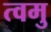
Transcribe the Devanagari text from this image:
त्वमु